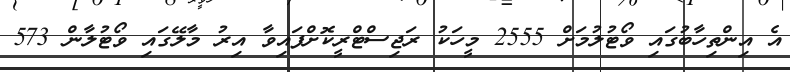
އެ އިންތިހާބުގައި ވޯޓުލުމަށް 2555 މީހަކު ރަޖިސްޓްރީކޮށްފައިވާ އިރު މާލޭގައި ވޯޓުލާން 573